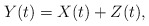
\begin{align*}Y(t)=X(t)+Z(t),\end{align*}